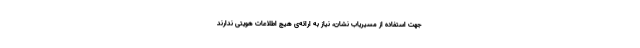
جهت استفاده از مسیریاب نشان، نیاز به ارائه‌ی هیچ اطلاعات هویتی ندارند